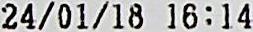
24/01/18 16:14